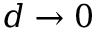
d \to 0